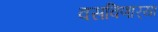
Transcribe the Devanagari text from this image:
वसविणार्‍या